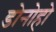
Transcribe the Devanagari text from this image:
डोनोहो